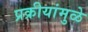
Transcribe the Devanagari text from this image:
प्रक्रीयांमुळे